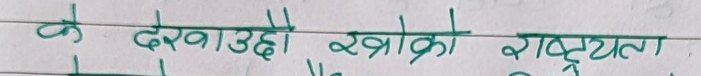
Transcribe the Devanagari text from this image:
के देखाउँछी खाक्रोको राष्ट्रियता